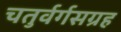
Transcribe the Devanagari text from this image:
चतुर्वर्गसग्रह